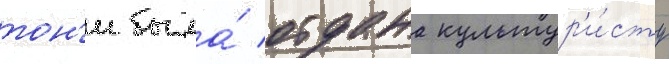
тон'и была́ отдана культур'и́сту